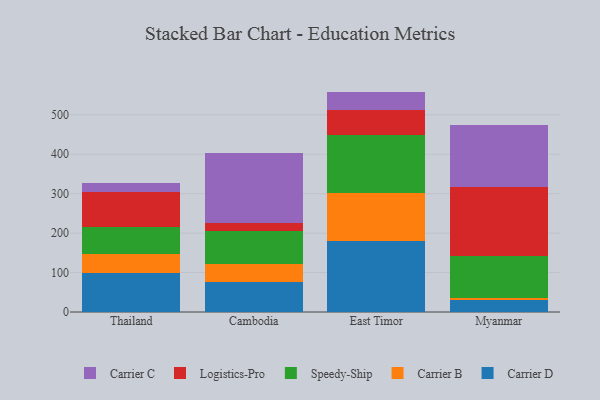
{"axis": {"x": "Country", "y": "Waste Production (Tons)"}, "legend": ["Carrier B", "Carrier C", "Carrier D", "Logistics-Pro", "Speedy-Ship"], "data": [{"x": "Thailand", "y": 97.9, "type": "Carrier D"}, {"x": "Thailand", "y": 49.2, "type": "Carrier B"}, {"x": "Thailand", "y": 69.5, "type": "Speedy-Ship"}, {"x": "Thailand", "y": 87.8, "type": "Logistics-Pro"}, {"x": "Thailand", "y": 22.2, "type": "Carrier C"}, {"x": "Cambodia", "y": 76.1, "type": "Carrier D"}, {"x": "Cambodia", "y": 44.4, "type": "Carrier B"}, {"x": "Cambodia", "y": 85.2, "type": "Speedy-Ship"}, {"x": "Cambodia", "y": 18.9, "type": "Logistics-Pro"}, {"x": "Cambodia", "y": 179.0, "type": "Carrier C"}, {"x": "East Timor", "y": 179.9, "type": "Carrier D"}, {"x": "East Timor", "y": 122.3, "type": "Carrier B"}, {"x": "East Timor", "y": 147.3, "type": "Speedy-Ship"}, {"x": "East Timor", "y": 62.0, "type": "Logistics-Pro"}, {"x": "East Timor", "y": 47.4, "type": "Carrier C"}, {"x": "Myanmar", "y": 29.6, "type": "Carrier D"}, {"x": "Myanmar", "y": 6.6, "type": "Carrier B"}, {"x": "Myanmar", "y": 106.7, "type": "Speedy-Ship"}, {"x": "Myanmar", "y": 174.6, "type": "Logistics-Pro"}, {"x": "Myanmar", "y": 156.0, "type": "Carrier C"}]}